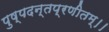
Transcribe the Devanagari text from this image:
पुष्पदन्तप्रणीतम्।।